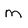
Character: m